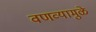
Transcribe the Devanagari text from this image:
वणव्यामुळे